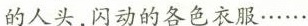
的人头，闪动的各色衣服……